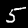
Digit: 5